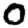
Digit: 0